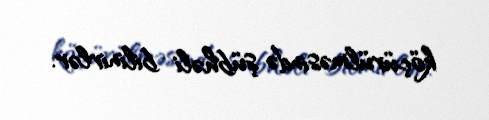
köçürülməsində şübhəli bilinirlər.